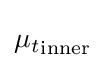
{\mu _{t}}_{\text{inner}}